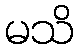
မသိ